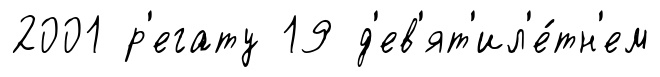
2001 р'егату 19 д'ев'ят'ил'е́тн'ем